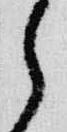
之